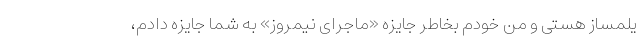
یلمساز هستی و من خودم بخاطر جایزه «ماجرای نیمروز» به شما جایزه دادم،